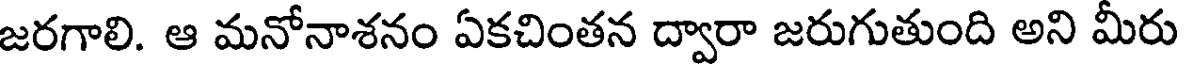
జరగాలి. ఆ మనోనాశనం ఏకచింతన ద్వారా జరుగుతుంది అని మీరు